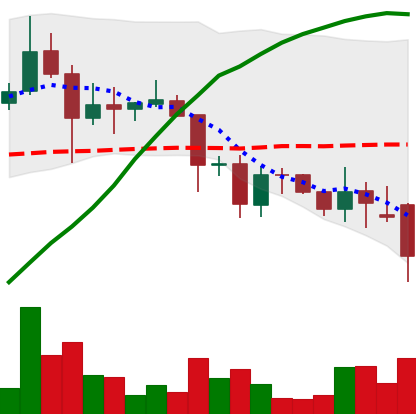
Ticker: DOGE-USD
Chart end date: 2021-11-26
Forward return: 4.281%
Label: up_3_5